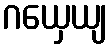
ဂယှေယျ